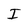
Character: I